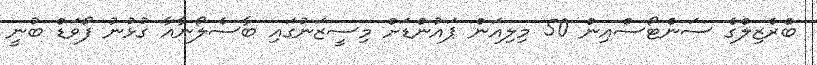
ބްރެޒިލްގެ ސަންޓޯސްއިން 50 މިލިއަން ޕައުންޑަށް މިސީޒަނުގައި ބާސެލޯނާއާ ގުޅުނު ފޯވަޑް ބުނީ